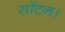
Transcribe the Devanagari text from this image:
सॉटन।